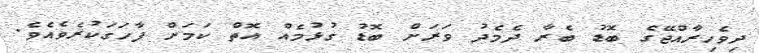
ދިވެހިރާއްޖޭގެ ބޮޑު ބެރާ ދެމެދު ވަރަށް ބޮޑު ގުޅުމެއް އޮތް ކަމަށް ފާހަގަކުރެވެއެވެ.